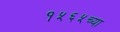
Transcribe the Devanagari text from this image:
१५६५च्या